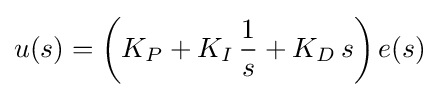
u(s)=\left(K_{P}+K_{I}\,{\frac {1}{s}}+K_{D}\,s\right)e(s)